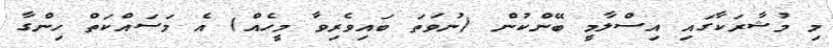
މި މުޝާރަކާގައި އިސްލާމީ ބޭންކުން (ނުވަތަ ބައިވެރިވާ މީހެއް) އެ މަސައްކަތް ހިންގާ